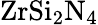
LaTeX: \mathrm{ZrSi_{2}N_{4}}